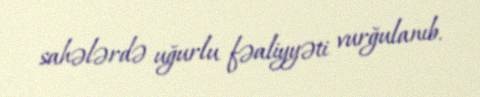
sahələrdə uğurlu fəaliyyəti vurğulanıb.